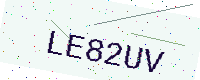
Text: LE82UV